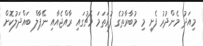
މިއަދު މެންދުރު ފެށި މި މުބާރާތުގެ ފުރަތަމަ މެޗުގައި ރާއްޖެއާއި ނޭޕާލް ބައްދަލުކޮށް